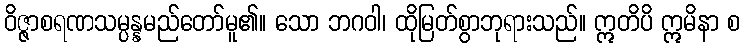
ဝိဇ္ဇာစရဏသမ္ပန္နမည်တော်မူ၏။ သော ဘဂဝါ၊ ထိုမြတ်စွာဘုရားသည်။ ဣတိပိ ဣမိနာ စ